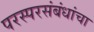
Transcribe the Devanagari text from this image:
परस्परसंबंधांचा